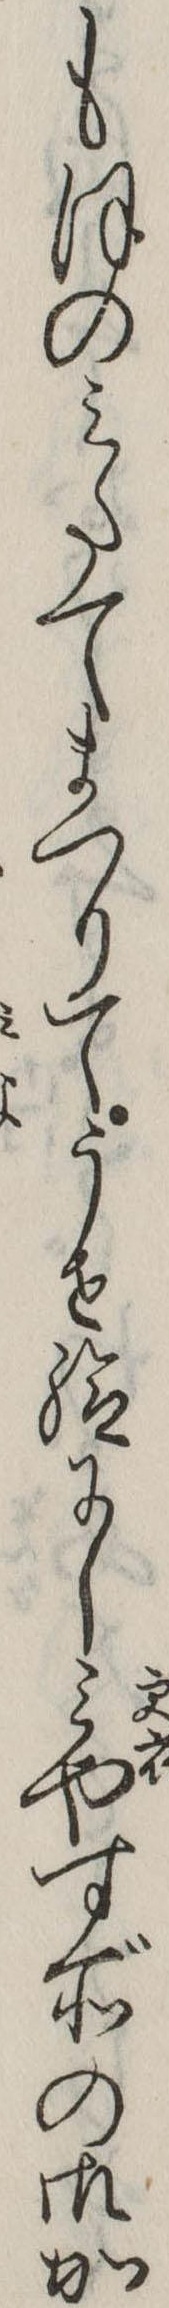
もほのみたてまつりてうせ給にしみやす所の御か